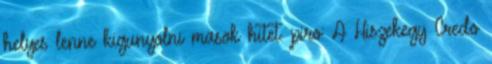
helyes lenne kigunyolni masok hitet. piro: A Hiszekegy Credo